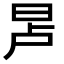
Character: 𬀭